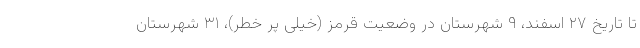
تا تاریخ ۲۷ اسفند، ۹ شهرستان در وضعیت قرمز (خیلی پر خطر)، ۳۱ شهرستان